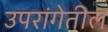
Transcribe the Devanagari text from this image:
उपरांगेतील